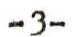
- 3 -